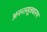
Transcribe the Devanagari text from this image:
अनन्तसूत्रधारण